Leaving Certificate, 1901
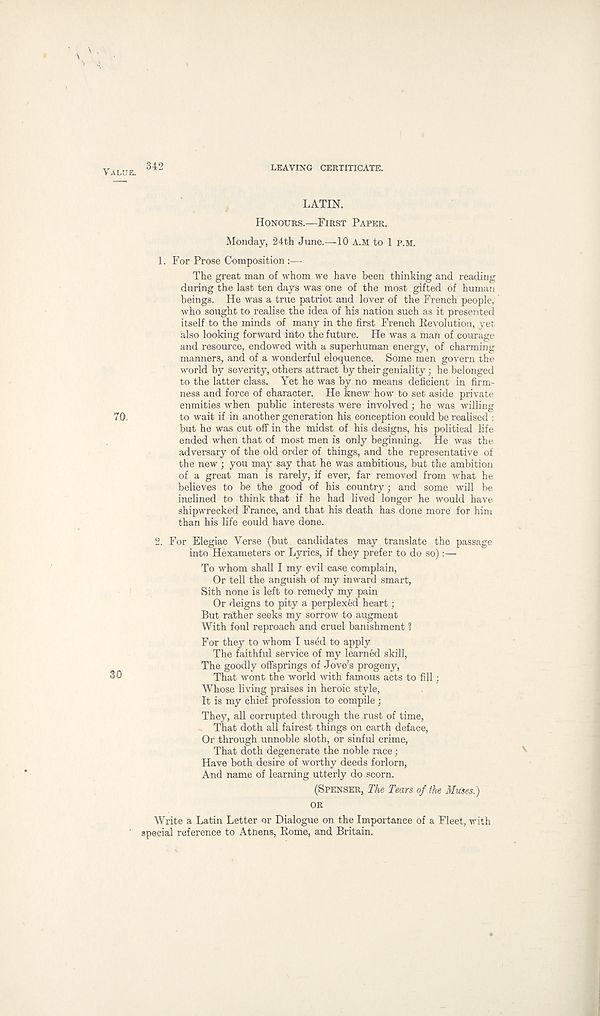
342
LEAVING CERTITICATE.
LATIN.
HONOURS.—FIRST PAPER.
Monday, 24th June.—10 A.M to 1 P.M.
1. For Prose Composition :—
The great man of whom we have been thinking and reading
during the last ten days was one of the most gifted of human
beings. He was a true patriot and lover of the French people,
who sought to realise the idea of his nation such as it presented
itself to the minds of many in the first French Kevolution, yet
also looking forward into the future. He was a man of courage
and resource, endowed with a superhuman energy, of charming
manners, and of a wonderful eloquence. Some men govern the
world by severity, others attract by their geniality; he belonged
to the latter class. Yet he was by no means deficient in firm-
ness and force of character. He knew how to set aside private
enmities when public interests were involved; he was willing
to wait if in another generation his conception could be realised :
but he was cut off in the midst of his designs, his political life
ended when that of most men is only beginning. He was the
adversary of the old order of things, and the representative of
the new ; you may say that he was ambitious, but the ambition
of a great man is rarely, if ever, far removed from what he
believes to be the good of his country ; and some will be
inclined to think that if he had lived longer he would have
shipwrecked France, and that his death has done more for him
than his life could have done.
2. For Elegiac Yerse (but candidates may translate the passage
into Hexameters or Lyrics, if they prefer to do so):—
To whom shall I my evil case complain,
Or tell the anguish of my inward smart,
Sith none is left to remedy my pain
Or deigns to pity a perplexed heart;
But rather seeks my sorrow to augment
With foul reproach and cruel banishment ?
For they to whom I used to apply
The faithful service of my learned skill,
The goodly offsprings of Jove’s progeny,
That wont the world with famous acts to fill;
Whose living praises in heroic style,
It is my chief profession to compile;
They, all corrupted through the rust of time,
That doth all fairest things on earth deface,
Or through unnoble sloth, or sinful crime,
That doth degenerate the noble race;
Have both desire of worthy deeds forlorn,
And name of learning utterly do scorn.
(SPENSER, The Tears of the Muses.)
OR
Write a Latin Letter or Dialogue on the Importance of a Fleet, with
special reference to Atnens, Rome, and Britain.